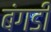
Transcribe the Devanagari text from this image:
बंगडी